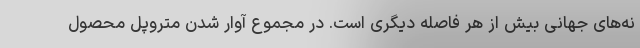
نه‌های جهانی بیش از هر فاصله دیگری است. در مجموع آوار شدن متروپل محصول